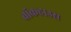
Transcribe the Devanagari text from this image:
ब्रॉकहाउस